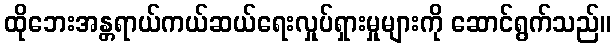
ထိုဘေးအန္တရာယ်ကယ်ဆယ်ရေးလှုပ်ရှားမှုများကို ဆောင်ရွက်သည်။